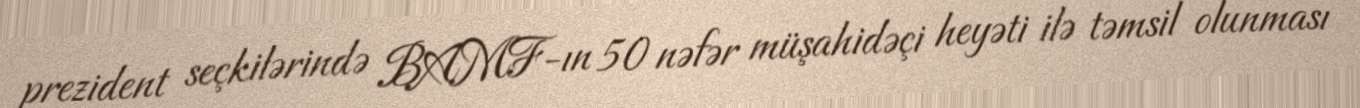
prezident seçkilərində BAMF-ın 50 nəfər müşahidəçi heyəti ilə təmsil olunması